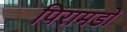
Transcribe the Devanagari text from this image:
पिरामडों